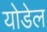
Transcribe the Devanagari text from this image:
योडेल